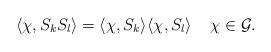
LaTeX: \begin{align*}\langle \chi, S_{k}S_{l}\rangle=\langle \chi, S_{k}\rangle\langle \chi, S_{l}\rangle\;\;\;\;\chi\in{\mathcal G}.\end{align*}